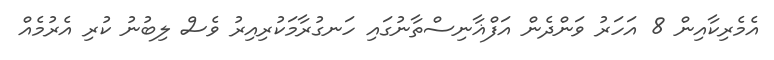
އެމެރިކާއިން 8 އަހަރު ވަންދެން އަފްޣާނިސްތާނުގައި ހަނގުރާމަކުރިއިރު ވެސް ލިބުނު ކުރި އެރުމެއް